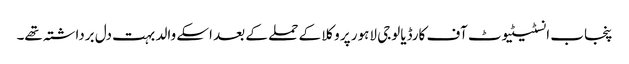
پنجاب انسٹیٹیوٹ آف کارڈیالوجی لاہور پر وکلا کے حملے کے بعد اسکے والد بہت دل برداشتہ تھے۔